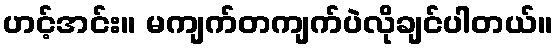
ဟင့်အင်း။ မကျက်တကျက်ပဲလိုချင်ပါတယ်။